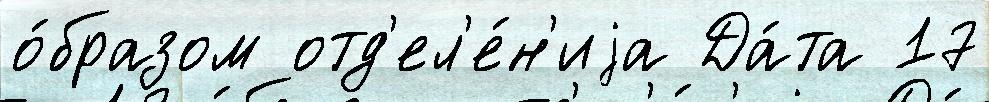
о́бразом отд'ел'е́н'иjа Да́та 17